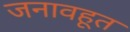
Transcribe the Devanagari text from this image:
जनावहूत